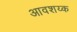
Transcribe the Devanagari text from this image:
आवशय्क